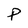
Character: P